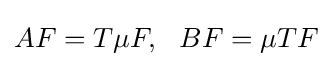
\displaystyle {AF=T\mu F,\,\,\,\,BF=\mu TF}